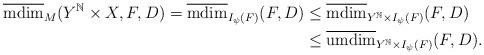
LaTeX: \begin{align*}\begin{aligned}\overline{\mathrm{mdim}}_M(Y^\mathbb{N}\times X, F,D)=\overline{\mathrm{mdim}}_{I_\psi(F)}(F,D)&\le \overline{\mathrm{mdim}}_{Y^\mathbb{N}\times I_\psi(F)}(F,D)\\&\le \overline{\mathrm{umdim}}_{Y^\mathbb{N}\times I_\psi(F)}(F,D).\end{aligned}\end{align*}